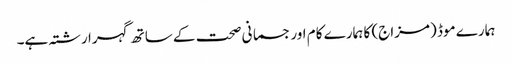
ہمارے موڈ (مزاج) کا ہمارے کام اور جسمانی صحت کے ساتھ گہرا رشتہ ہے۔